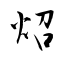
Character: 炤